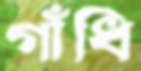
গাঁধি